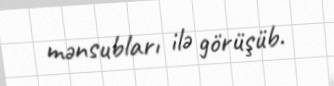
mənsubları ilə görüşüb.